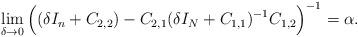
LaTeX: \begin{align*}\lim_{\delta \to 0}\Big((\delta I_{n} + {C_{2,2}}) - {C_{2,1}}(\delta I_{N} + C_{1,1})^{-1}{C_{1,2}}\Big)^{-1}=\alpha. \end{align*}